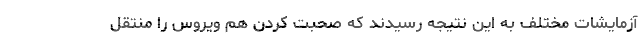
آزمایشات مختلف به این نتیجه رسیدند که صحبت کردن هم ویروس را منتقل